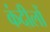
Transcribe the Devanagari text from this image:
कंदीलों